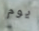
يوم